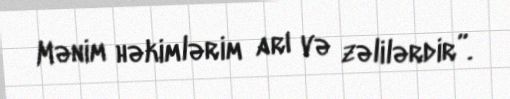
Mənim həkimlərim arı və zəlilərdir”.